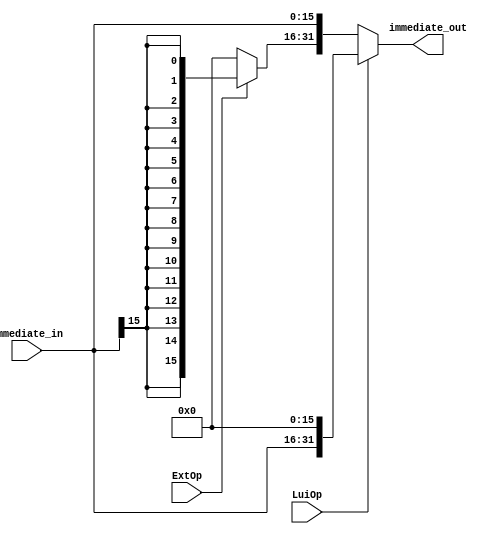
`timescale 1ns / 1ps
//////////////////////////////////////////////////////////////////////////////////
// Company: 
// Engineer: 
// 
// Design Name: 
// Module Name: immExtension
// Project Name: 
// Target Devices: 
// Tool Versions: 
// Description: 
// 
// Dependencies: 
// 
// Revision:
// Revision 0.01 - File Created
// Additional Comments:
// 
//////////////////////////////////////////////////////////////////////////////////


module immExtension(
ExtOp,LuiOp,immediate_in,immediate_out
    );
input ExtOp;//extOp10
input LuiOp;//LuiOp1lui160
input [15:0] immediate_in;
output [31:0] immediate_out;

wire [31:0] imm_temp;
//
assign imm_temp = {ExtOp?{16{immediate_in[15]}}:16'h0000,immediate_in};
assign immediate_out = LuiOp?{immediate_in,16'h0000}:imm_temp;
endmodule